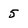
Character: 5